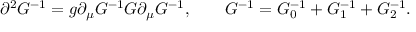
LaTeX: \partial ^ { 2 } G ^ { - 1 } = g \partial _ { \mu } G ^ { - 1 } G \partial _ { \mu } G ^ { - 1 } , \quad \mathrm { } \quad G ^ { - 1 } = G _ { 0 } ^ { - 1 } + G _ { 1 } ^ { - 1 } + G _ { 2 } ^ { - 1 } .